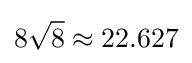
8{\sqrt {8}}\approx 22.627